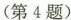
(第4题)